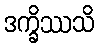
ဒက္ခိဿသိ